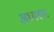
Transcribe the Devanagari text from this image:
अध्यद्यन